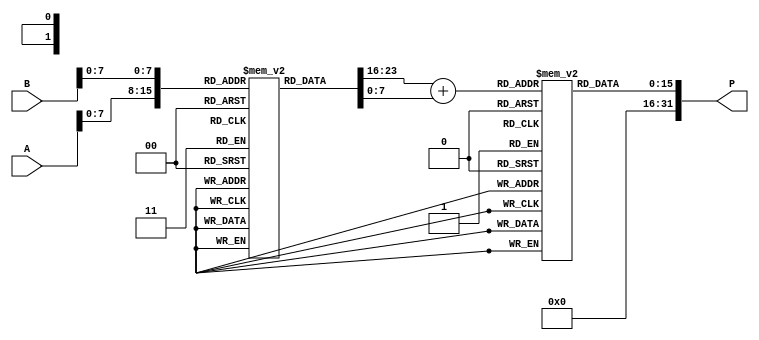
module LogarithmicMultiplier (
    input [15:0] A, // Input A (fixed-point representation)
    input [15:0] B, // Input B (fixed-point representation)
    output reg [31:0] P // Output product P (fixed-point representation)
);

    // Logarithm LUT (example values, should be filled with actual logarithm values)
    reg [15:0] log_lut [0:255]; // LUT for log values
    initial begin
        // Populate the LUT with logarithm values (base 2 for example)
        // log_lut[i] = log2(i) * scale_factor; // scale_factor to fit in 16 bits
        // This is just an example, actual values should be calculated
        // and filled in here.
    end

    // Exponential LUT (example values, should be filled with actual exponential values)
    reg [15:0] exp_lut [0:255]; // LUT for exp values
    initial begin
        // Populate the LUT with exponential values
        // exp_lut[i] = exp2(i / scale_factor); // scale_factor to fit in 16 bits
        // This is just an example, actual values should be calculated
        // and filled in here.
    end

    // Internal signals
    reg [15:0] logA, logB, logSum;

    // Logarithmic conversion
    always @(*) begin
        logA = log_lut[A[7:0]]; // Assuming A is in the range [0, 255]
        logB = log_lut[B[7:0]]; // Assuming B is in the range [0, 255]
        logSum = logA + logB; // Addition of logarithmic values
        P = exp_lut[logSum[7:0]]; // Convert back to linear form
    end

endmodule